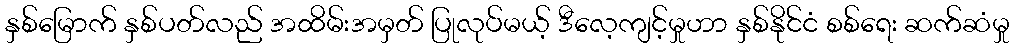
နှစ်မြောက် နှစ်ပတ်လည် အထိမ်းအမှတ် ပြုလုပ်မယ့် ဒီလေ့ကျင့်မှုဟာ နှစ်နိုင်ငံ စစ်ရေး ဆက်ဆံမှု